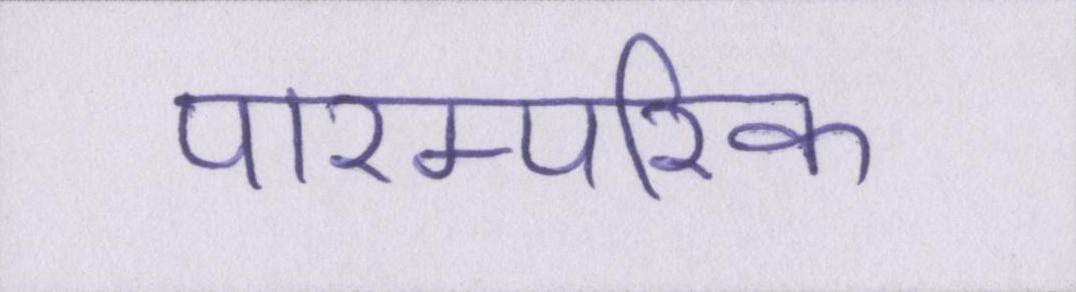
पारम्परिक